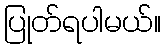
ပြုတ်ရပါမယ်။